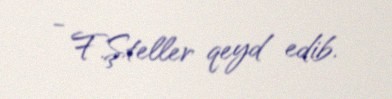
- F.Şteller qeyd edib.